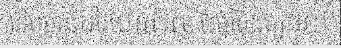
ទើបមានដាំរយៈពេល២ឆ្នាំចុងក្រោយ